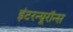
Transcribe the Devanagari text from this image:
इंटरन्यूरॉन्स